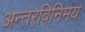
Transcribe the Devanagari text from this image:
अन्तरविनिमय